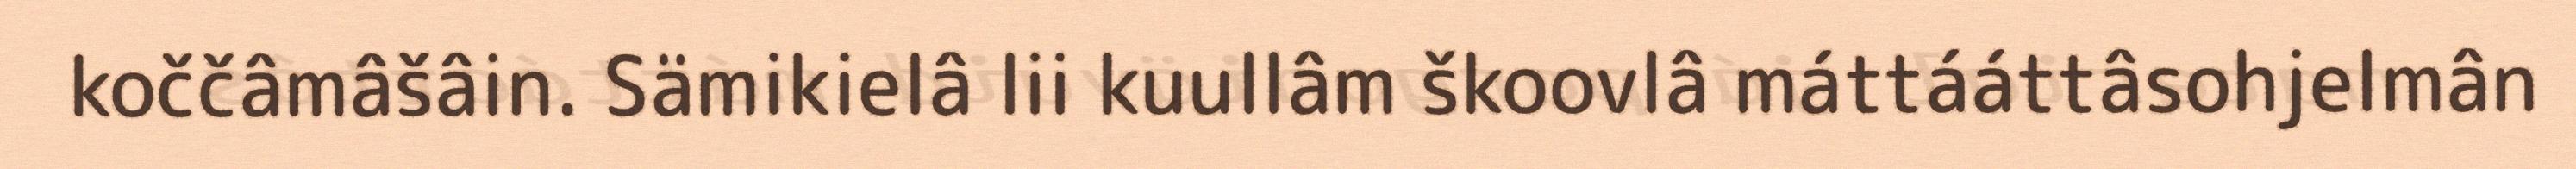
koččâmâšâin. Sämikielâ lii kuullâm škoovlâ máttááttâsohjelmân